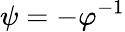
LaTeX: \psi=-\varphi^{-1}